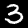
Digit: 3